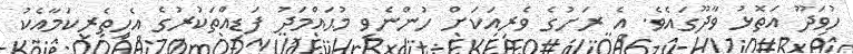
ހުވަދޫ އަތޮޅު ވާދޫގައެވެ. އެ ރަށުގެ ވެރިއަކަށް ހުންނެވި މުޙައްމަދު ފަޑިއްތަކުރުގެ އެހީތެރިކަމާއެކު